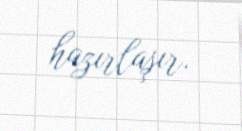
hazırlaşır.